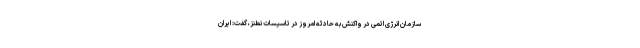
سازمان انرژی اتمی در واکنش به حادثه امروز در تاسیسات نطنز، گفت: ایران